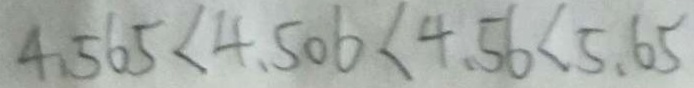
4 . 5 6 5 < 4 . 5 0 6 < 4 . 5 6 < 5 . 6 5